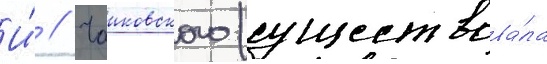
И́ // Чаиковского (существова́ла